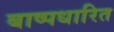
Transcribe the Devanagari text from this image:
बाष्पधारित